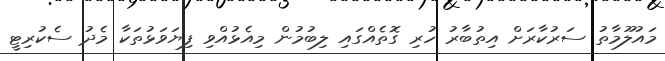
މައުލޫމާތު ސަރުކާރަށް އިތުބާރު ހުރި ގޮތެއްގައި ލިބުމުން މިއެޅުއްވި ފިޔަވަޅުތަކާ މެދު ސެކުރިޓީ